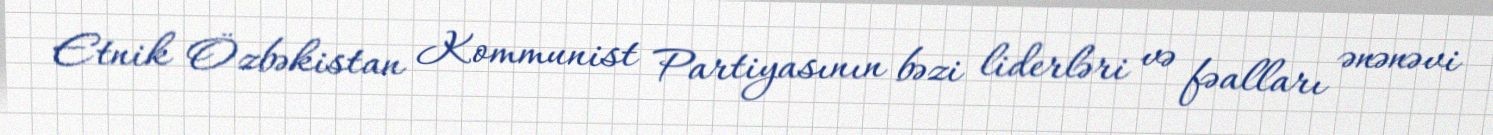
Etnik Özbəkistan Kommunist Partiyasının bəzi liderləri və fəalları ənənəvi